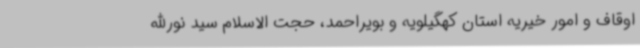
اوقاف و امور خیریه استان کهگیلویه و بویراحمد، حجت الاسلام سید نورالله